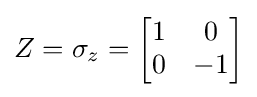
Z=\sigma _{z}={\begin{bmatrix}1&0\\0&-1\end{bmatrix}}